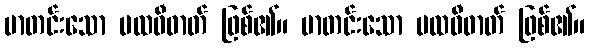
မာတင်းသော ပထဝီဓာတ် ဖြစ်၏။ မာတင်းသော ပထဝီဓာတ် ဖြစ်၏။